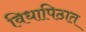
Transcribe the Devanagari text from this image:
विधापिठात